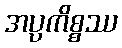
အပ္ပကိစ္စဿ